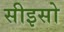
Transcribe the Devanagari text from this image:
सीइसो